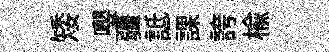
矮嚶疆詆課誇楡